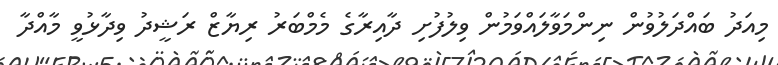
މިއަދު ބައްދަލުވުން ނިންމަވާލައްވަމުން ވިލުފުށި ދާއިރާގެ މެމްބަރު ރިޔާޒް ރަޝީދު ވިދާޅުވީ މާއްދާ